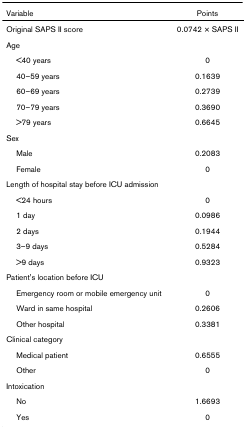
| Variable | Points |
 | --- | --- |
 | Original SAPS II score | 0.0742 × SAPS II |
 | <COLSPAN=2> Age |
 | <40 years | 0 |
 | 40–59 years | 0.1639 |
 | 60–69 years | 0.2739 |
 | 70–79 years | 0.3690 |
 | >79 years | 0.6645 |
 | <COLSPAN=2> Sex |
 | Male | 0.2083 |
 | Female | 0 |
 | <COLSPAN=2> Length of hospital stay before ICU admission |
 | <24 hours | 0 |
 | 1 day | 0.0986 |
 | 2 days | 0.1944 |
 | 3–9 days | 0.5284 |
 | >9 days | 0.9323 |
 | <COLSPAN=2> Patient's location before ICU |
 | Emergency room or mobile emergency unit | 0 |
 | Ward in same hospital | 0.2606 |
 | Other hospital | 0.3381 |
 | <COLSPAN=2> Clinical category |
 | Medical patient | 0.6555 |
 | Other | 0 |
 | <COLSPAN=2> Intoxication |
 | No | 1.6693 |
 | Yes | 0 |